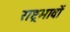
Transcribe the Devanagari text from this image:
राष्ट्रभावों